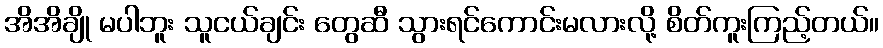
အိအိချို မပါဘူး သူငယ်ချင်း တွေဆီ သွားရင်ကောင်းမလားလို့ စိတ်ကူးကြည့်တယ်။